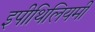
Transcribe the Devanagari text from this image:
इपीथिलियमी